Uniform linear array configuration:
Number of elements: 48
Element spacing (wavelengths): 1
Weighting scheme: binomial
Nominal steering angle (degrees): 0
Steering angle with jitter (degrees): -0.2422
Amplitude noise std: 0.05
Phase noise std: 0.05

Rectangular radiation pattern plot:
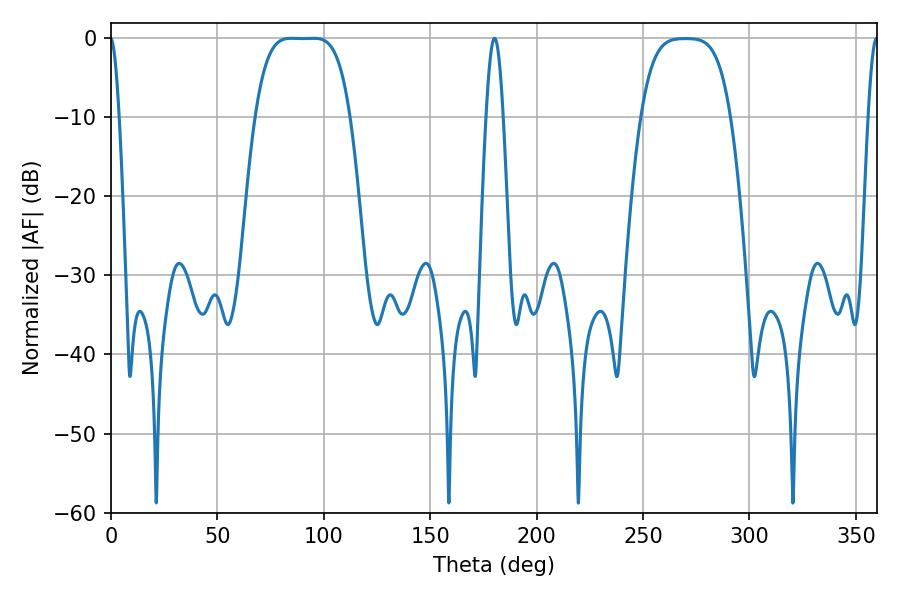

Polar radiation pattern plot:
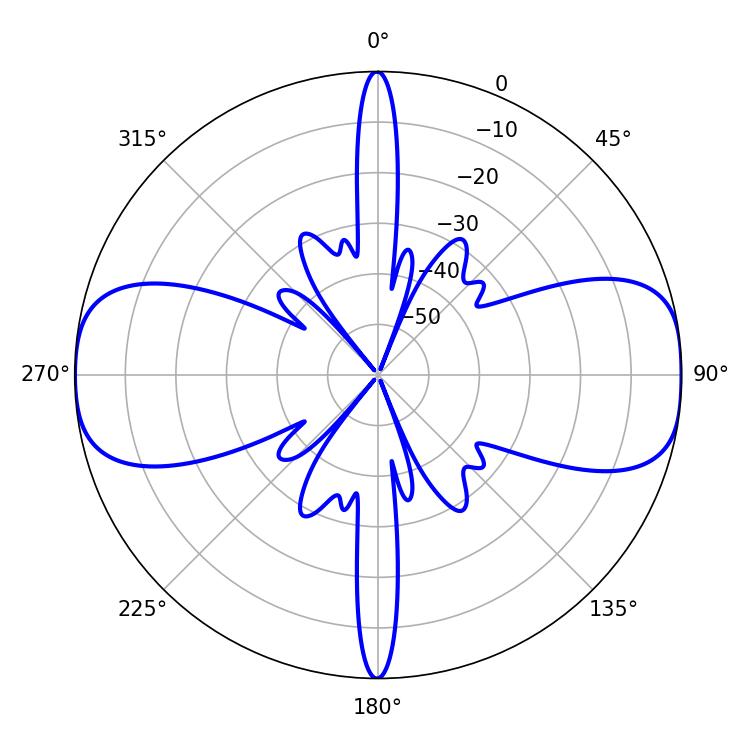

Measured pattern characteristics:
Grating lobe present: TRUE
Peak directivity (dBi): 15.014
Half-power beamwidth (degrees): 33.48
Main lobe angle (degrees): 84.78